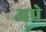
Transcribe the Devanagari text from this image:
अप्रे